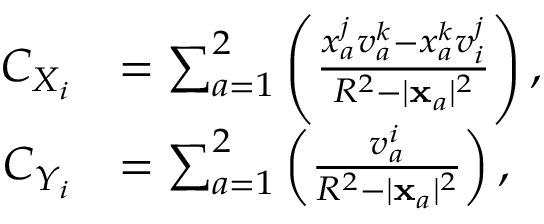
\begin{array} { r l } { C _ { X _ { i } } } & { = \sum _ { a = 1 } ^ { 2 } \left( \frac { x _ { a } ^ { j } v _ { a } ^ { k } - x _ { a } ^ { k } v _ { i } ^ { j } } { R ^ { 2 } - | \mathbf { x } _ { a } | ^ { 2 } } \right) , } \\ { C _ { Y _ { i } } } & { = \sum _ { a = 1 } ^ { 2 } \left( \frac { v _ { a } ^ { i } } { R ^ { 2 } - | \mathbf { x } _ { a } | ^ { 2 } } \right) , } \end{array}